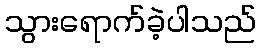
သွားရောက်ခဲ့ပါသည်